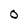
Character: O